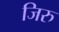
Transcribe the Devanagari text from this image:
जिरु